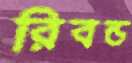
রিবন্ড